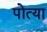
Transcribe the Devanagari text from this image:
पोत्या